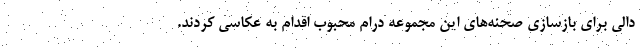
دالی برای بازسازی صحنه‌های این مجموعه درام محبوب اقدام به عکاسی کردند.